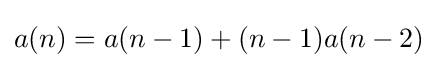
a(n)=a(n-1)+(n-1)a(n-2)